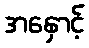
အနှောင့်